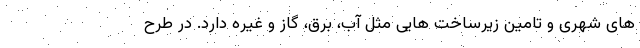
های شهری و تامین زیرساخت هایی مثل آب، برق، گاز و غیره دارد. در طرح